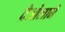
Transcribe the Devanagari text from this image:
देओलाने